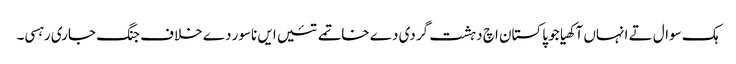
ہک سوال تے انہاں آکھیا جو پاکستان اچ دہشت گردی دے خاتمے تئیں ایں ناسور دے خلاف جنگ جاری رہسی۔